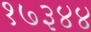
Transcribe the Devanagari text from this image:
१७३४४